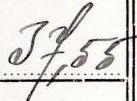
37,55